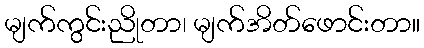
မျက်ကွင်းညိုတာ၊ မျက်အိတ်ဖောင်းတာ။